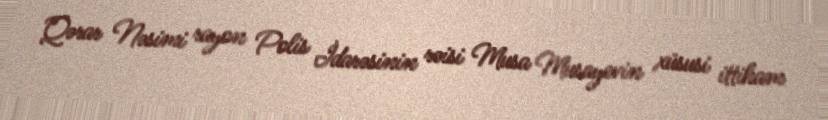
Qərar Nəsimi rayon Polis İdarəsinin rəisi Musa Musayevin xüsusi ittiham